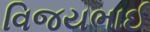
વિજયભાઈ